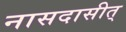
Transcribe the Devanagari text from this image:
नासदासीत्